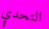
التحدي